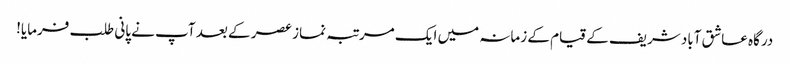
درگاہ عاشق آباد شریف کے قیام کے زمانہ میں ایک مرتبہ نماز عصر کے بعد آپ نے پانی طلب فرمایا!